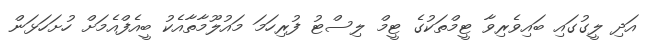
އަދި ލީގުގައި ބައިވެރިވާ ޓީމްތަކުގެ ޓީމް ލިސްޓު ފުރިހަމަ މައުލޫމާތާއެކު ބީއެފްއެމަށް ހުށަހަޅަން